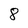
Character: 8